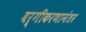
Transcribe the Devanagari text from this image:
वर्गीकरणानंतर